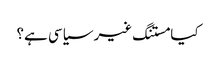
کیا مستنگ غیر سیاسی ہے؟